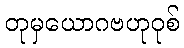
တုမှယောဂဗဟုဝုစ်